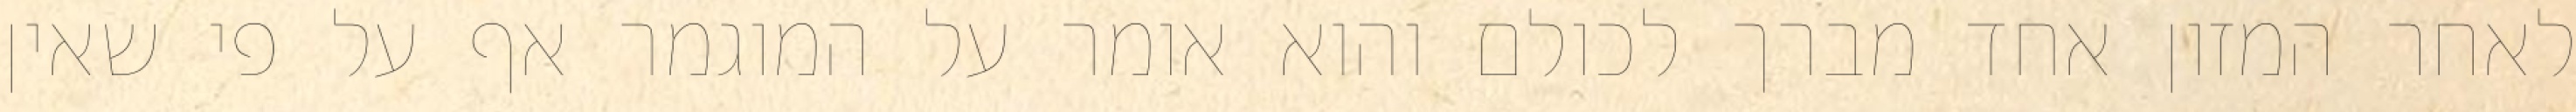
לאחר המזון אחד מברך לכולם והוא אומר על המוגמר אף על פי שאין